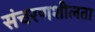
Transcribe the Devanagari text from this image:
संचरणशीलता